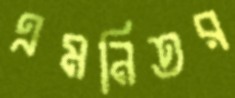
এমনিতর